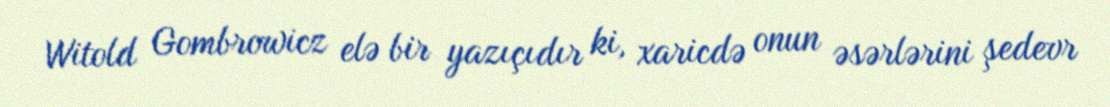
Witold Gombrowicz elə bir yazıçıdır ki, xaricdə onun əsərlərini şedevr